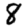
Digit: 8